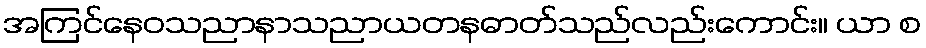
အကြင်နေဝသညာနာသညာယတနဓာတ်သည်လည်းကောင်း။ ယာ စ